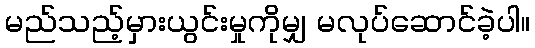
မည်သည့်မှားယွင်းမှုကိုမျှ မလုပ်ဆောင်ခဲ့ပါ။